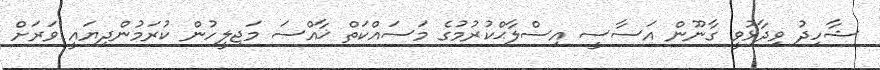
ޝާހިދު ވިދާޅުވީ ގާނޫން އަސާސީ އިސްލާޙްކުރުމުގެ މަސައްކަތް ޚާއްސަ މަޖިލީހުން ކުރަމުންދިޔައީ ވަރަށް